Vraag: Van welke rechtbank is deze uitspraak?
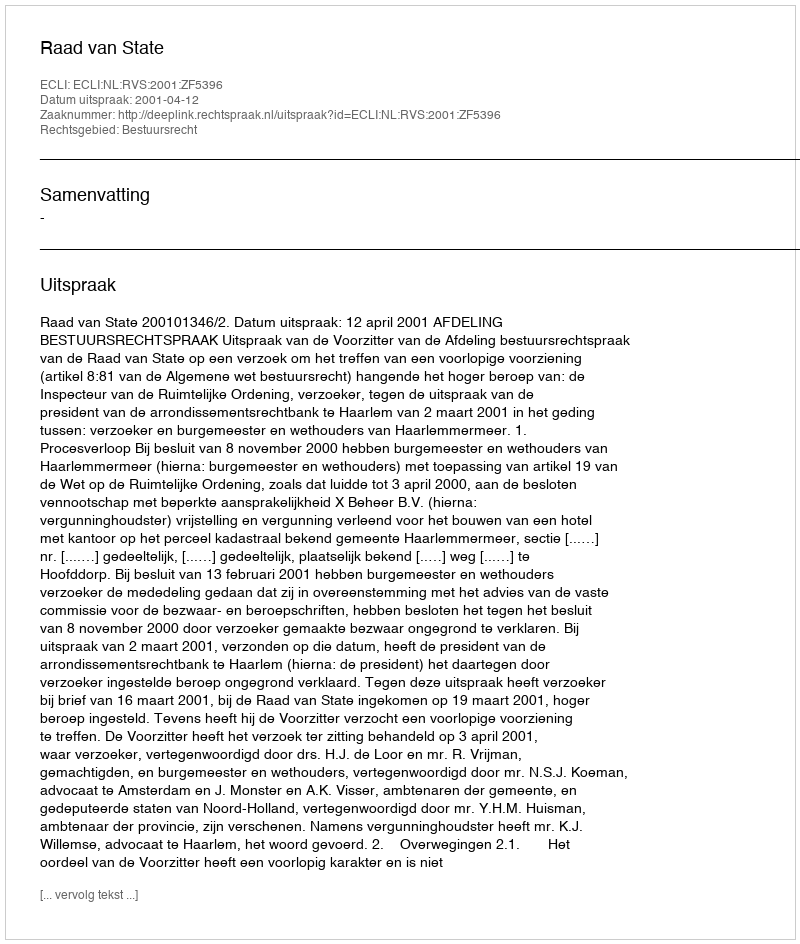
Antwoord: Raad van State